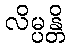
လိမ္ပန္တိ